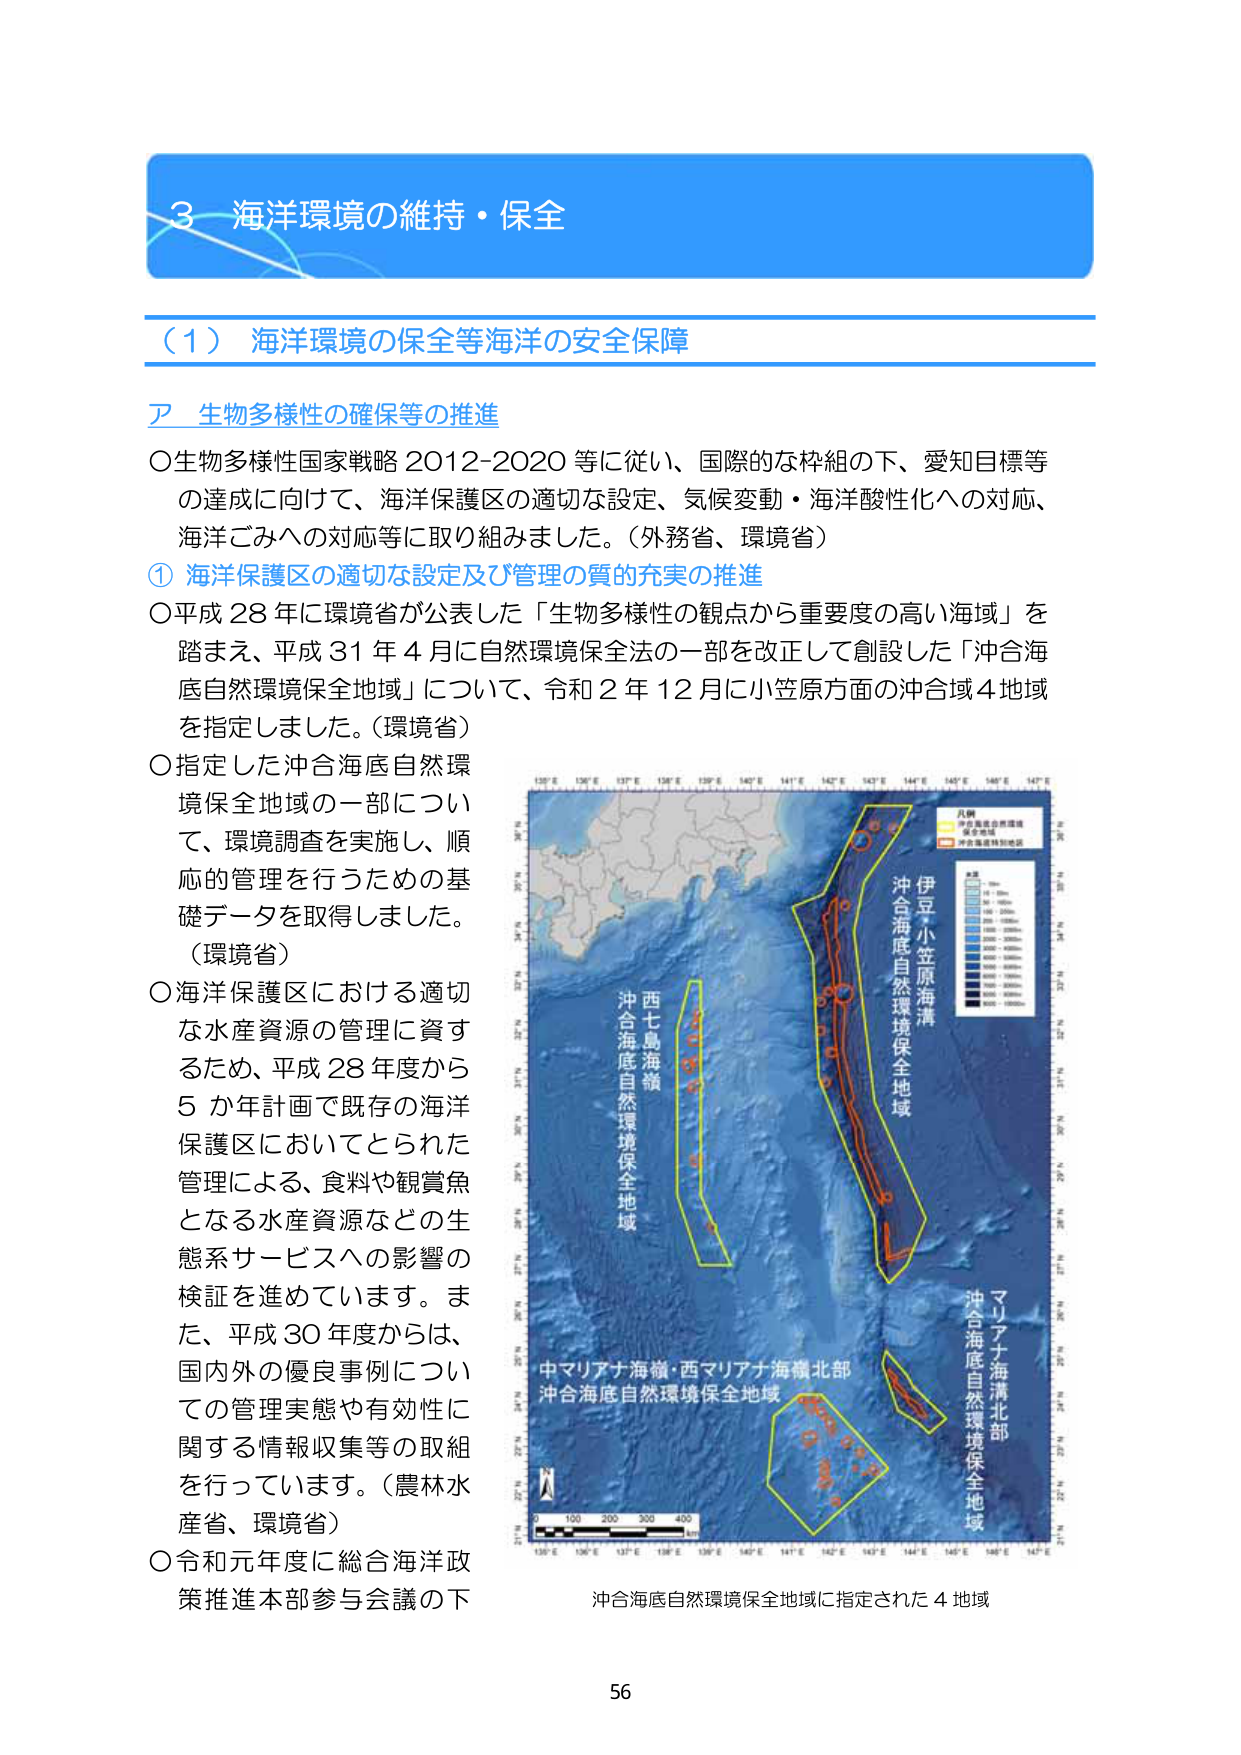
3 海洋環境の維持・保全

（1）海洋環境の保全等海洋の安全保障

ア 生物多様性の確保等の推進

○生物多様性国家戦略 2012-2020 等に従い、国際的な枠組の下、愛知目標等の達成に向けて、海洋保護区の適切な設定、気候変動・海洋酸性化への対応、海洋ごみへの対応等に取り組みました。（外務省、環境省）

① 海洋保護区の適切な設定及び管理の質的充実の推進

○平成28年に環境省が公表した「生物多様性の観点から重要度の高い海域」を踏まえ、平成31年4月に自然環境保全法の一部を改正して創設した「沖合海底自然環境保全地域」について、令和2年12月に小笠原方面の沖合域4地域を指定しました。（環境省）

○指定した沖合海底自然環境保全地域の一部について、環境調査を実施し、順応的管理を行うための基礎データを取得しました。（環境省）

○海洋保護区における適切な水産資源の管理に資するため、平成28年度から5か年計画で既存の海洋保護区においてとられた管理による、食料や観賞魚となる水産資源などの生態系サービスへの影響の検証を進めています。また、平成30年度からは、国内外の優良事例についての管理実態や有効性に関する情報収集等の取組を行っています。（農林水産省、環境省）

○令和元年度に総合海洋政策推進本部参与会議の下

沖合海底自然環境保全地域に指定された4地域

135°E 136°E 137°E 138°E 139°E 140°E 141°E 142°E 143°E 144°E 145°E 146°E 147°E

凡例
沖合海底自然環境保全地域
沖合海域特別地区

西七島海嶺
沖合海底自然環境保全地域

伊豆・小笠原海溝
沖合海底自然環境保全地域

マリアナ海溝北部
沖合海底自然環境保全地域

中マリアナ海嶺・西マリアナ海嶺北部
沖合海底自然環境保全地域

0 100 200 300 400 km

135°E 136°E 137°E 138°E 139°E 140°E 141°E 142°E 143°E 144°E 145°E 146°E 147°E

56